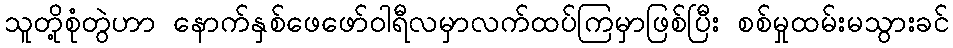
သူတို့စုံတွဲဟာ နောက်နှစ်ဖေဖော်ဝါရီလမှာလက်ထပ်ကြမှာဖြစ်ပြီး စစ်မှုထမ်းမသွားခင်